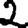
Digit: 2